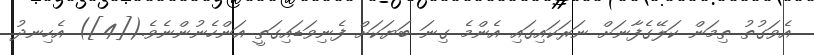
އެވަގުތު ތިމަން ކަލޭގެފާނަށް ނަރަކައިގައި އެންމެ ގިނަ ބަޔަކަށް ފެނިވަޑައިގަތީ އަންހެނުންނެވެ.([4]) އެހިނދު